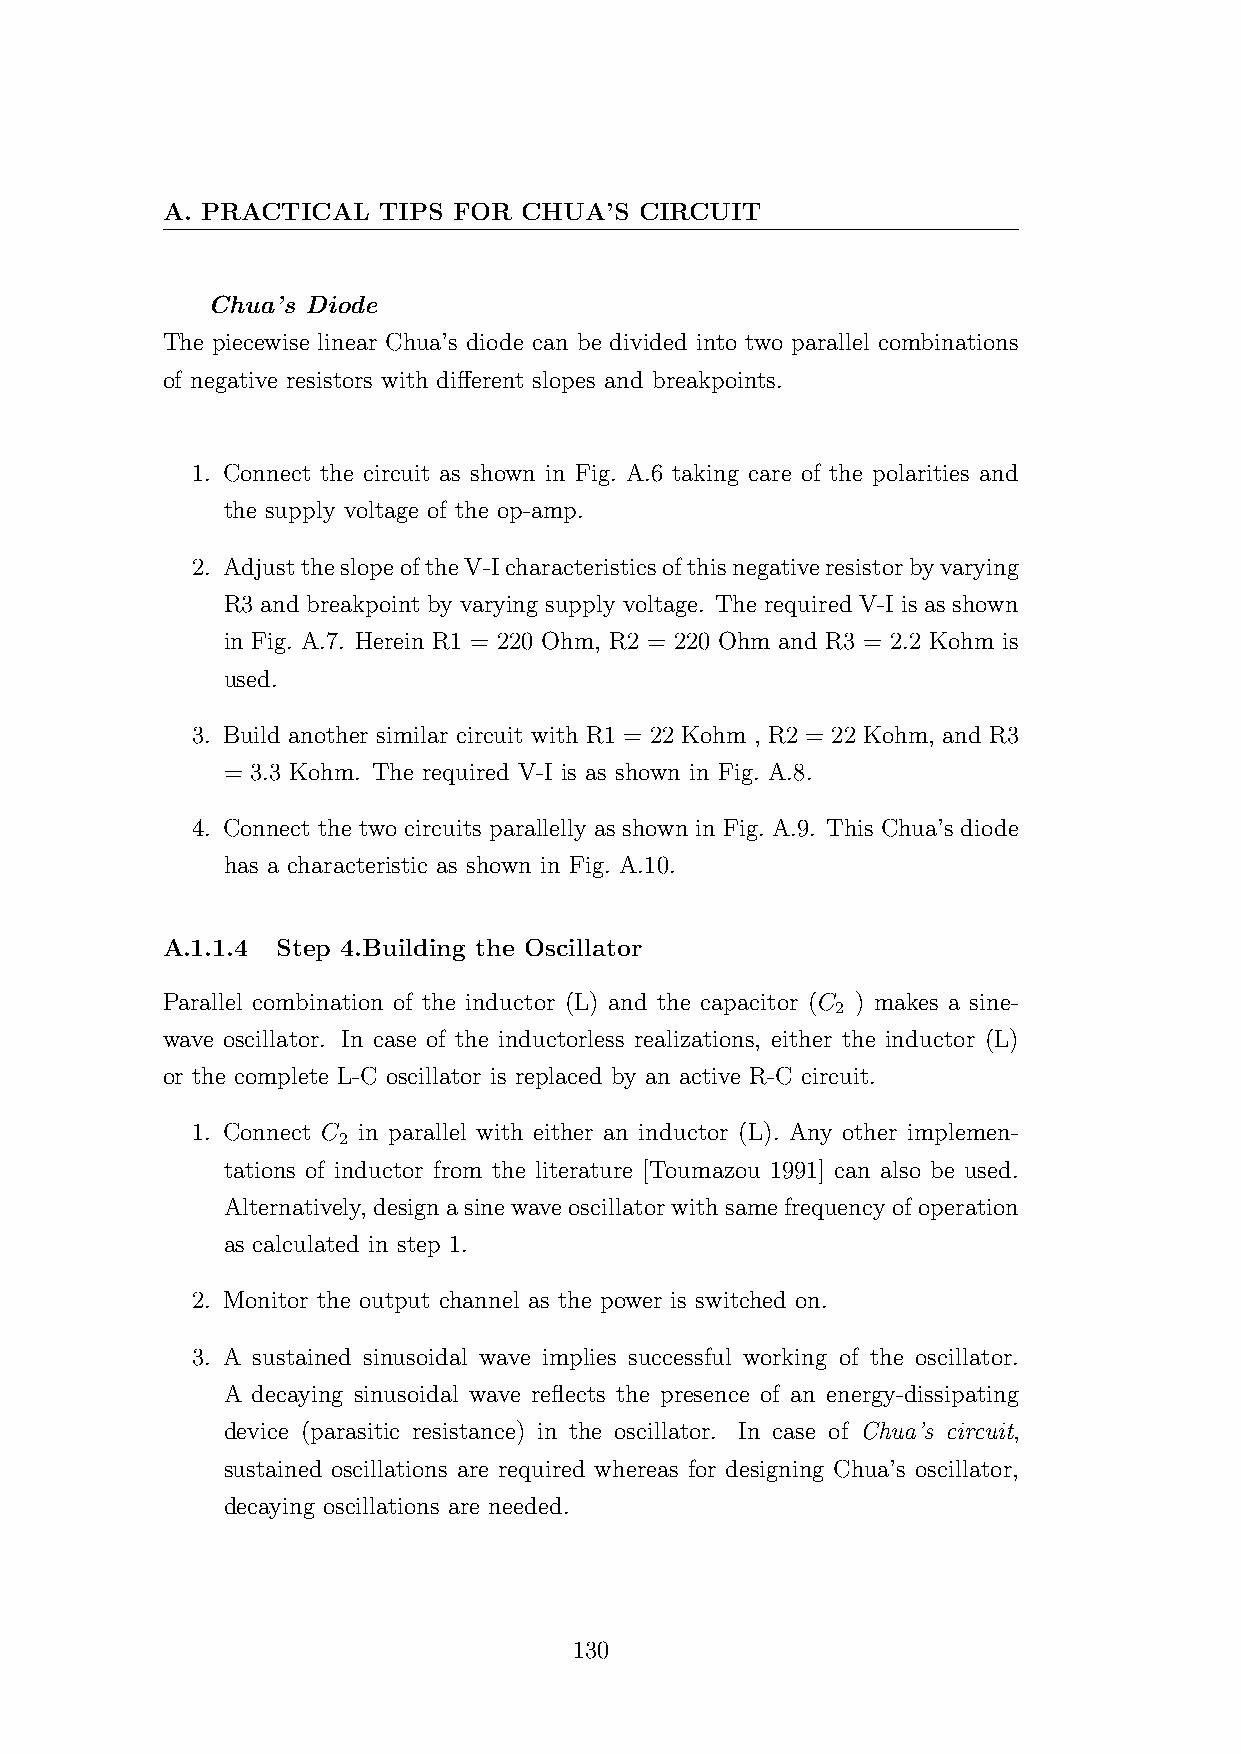
A. PRACTICAL  TIPS FOR CHUA’S  CIRCUIT
 Chua’s Diode
 The piecewise linear Chua’s diode can be divided into two parallel combinations
 of negative resistors with different slopes and breakpoints.
 1. Connect the circuit as shown in Fig. A.6 taking care of the polarities and
 the supply voltage of the op-amp.
 2. AdjusttheslopeoftheV-Icharacteristicsofthisnegativeresistorbyvarying
 R3 and breakpoint by varying supply voltage. The required V-I is as shown
 in Fig. A.7. Herein R1 = 220 Ohm, R2 = 220 Ohm and R3 = 2.2 Kohm is
 used.
 3. Build another similar circuit with R1 = 22 Kohm , R2 = 22 Kohm, and R3
 = 3.3 Kohm. The required V-I is as shown in Fig. A.8.
 4. Connect the two circuits parallelly as shown in Fig. A.9. This Chua’s diode
 has a characteristic as shown in Fig. A.10.
 A.1.1.4 Step 4.Building the Oscillator
 Parallel combination of the inductor (L) and the capacitor (C ) makes a sine-
 2
 wave oscillator. In case of the inductorless realizations, either the inductor (L)
 or the complete L-C oscillator is replaced by an active R-C circuit.
 1. Connect C in parallel with either an inductor (L). Any other implemen-
 2
 tations of inductor from the literature [Toumazou 1991] can also be used.
 Alternatively, designasinewaveoscillatorwithsamefrequencyofoperation
 as calculated in step 1.
 2. Monitor the output channel as the power is switched on.
 3. A sustained sinusoidal wave implies successful working of the oscillator.
 A decaying sinusoidal wave reflects the presence of an energy-dissipating
 device (parasitic resistance) in the oscillator. In case of Chua’s circuit,
 sustained oscillations are required whereas for designing Chua’s oscillator,
 decaying oscillations are needed.
 130